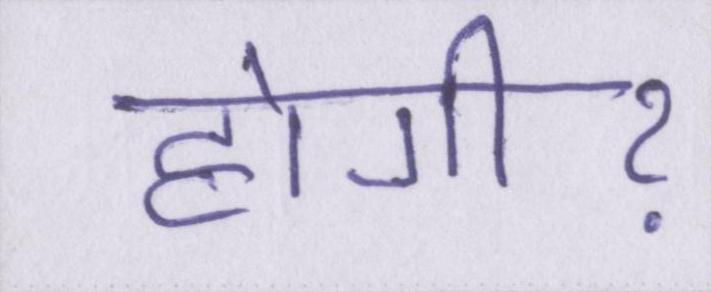
होगीॽ